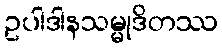
ဥပါဒါနသမ္မုဒိတဿ